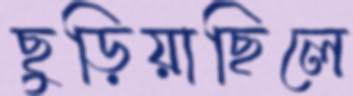
ছুড়িয়াছিলে